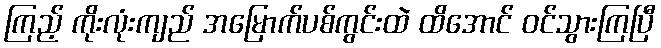
ကြည့် ကိုးလုံးကျည် အမြောက်ပစ်ကွင်းထဲ ထိအောင် ဝင်သွားကြပြီ